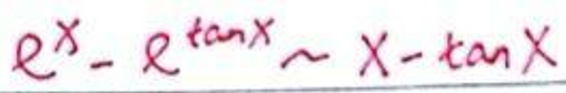
$e ^ { x } - e ^ { \tan x } \sim x - \tan x$